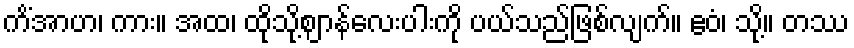
ကိံအာဟ၊ ကား။ အထ၊ ထိုသို့ဈာန်လေးပါးကို ပယ်သည်ဖြစ်လျက်။ ဧဝံ၊ သို့။ တဿ